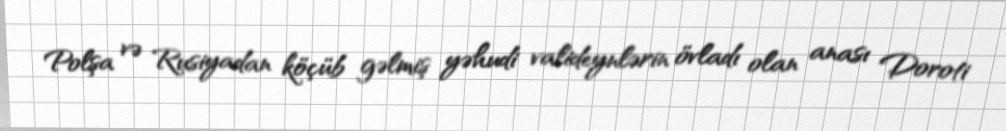
Polşa və Rusiyadan köçüb gəlmiş yəhudi valideynlərin övladı olan anası Doroti